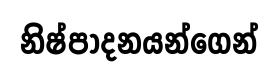
නිෂ්පාදනයන්ගෙන්